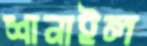
শানাইল